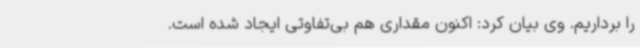
را برداریم. وی بیان کرد: اکنون مقداری هم بی‌تفاوتی ایجاد شده است.